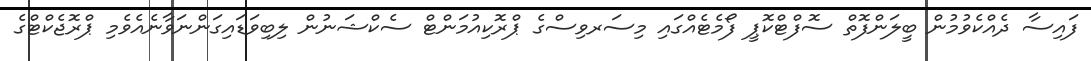
ފައިސާ ދެއްކެވުމުން ބީލަންފޮތް ސޮފްޓްކޮޕީ ފޯމެޓެއްގައި މިސަރވިސްގެ ޕްރޮކިއުމަންޓް ސެކްޝަނުން ލިބިވަޑައިގަންނަވާނެއެވެމި ޕްރޮޖެކްޓްގެ